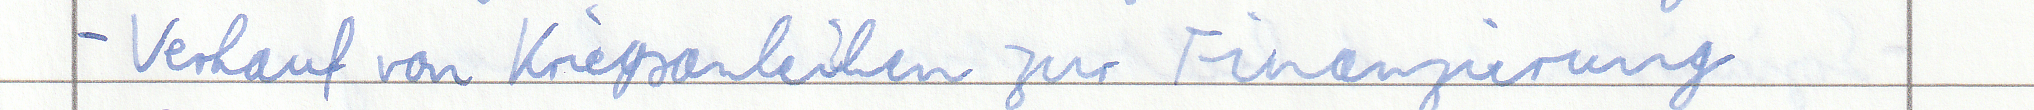
- Verkauf von Kriegsanleihen zur Finanzierung